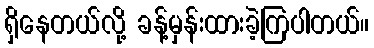
ရှိနေတယ်လို့ ခန့်မှန်းထားခဲ့ကြပါတယ်။